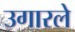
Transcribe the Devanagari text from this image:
उगारले